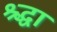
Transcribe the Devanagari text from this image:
श्र्द्धा